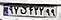
۹۲ق۴۲۲۹۹